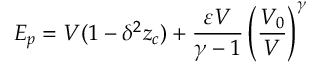
E _ { p } = V ( 1 - \delta ^ { 2 } z _ { c } ) + \frac { \varepsilon V } { \gamma - 1 } \left( \frac { V _ { 0 } } { V } \right) ^ { \gamma }